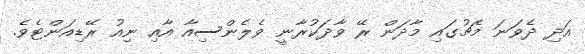
އަދި ދެވަނަ މެޗުގައި މާދަން ރޭ ވާދަކުރާނީ ވެލެންސިއާ އާއި ނިއު ރޭޑިއަންޓެވެ.